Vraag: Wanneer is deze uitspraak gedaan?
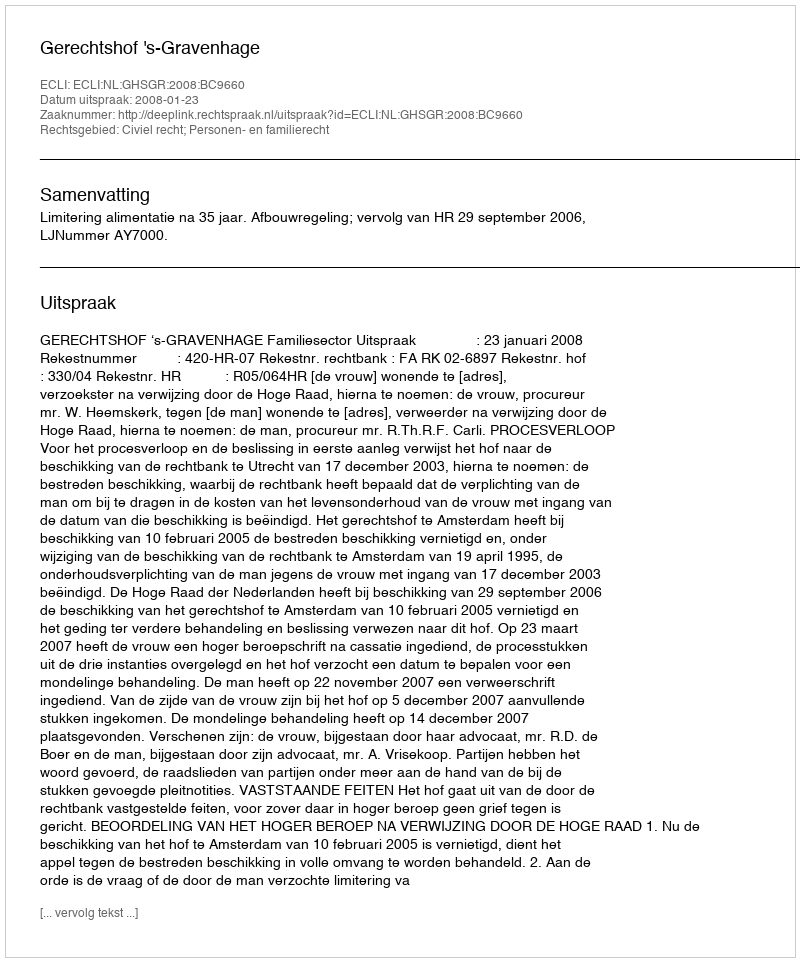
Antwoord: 2008-01-23